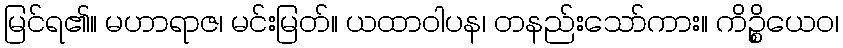
မြင်ရ၏။ မဟာရာဇ၊ မင်းမြတ်။ ယထာဝါပန၊ တနည်းသော်ကား။ ကိဉ္စိယေဝ၊